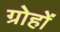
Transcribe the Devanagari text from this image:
ग्रोहों